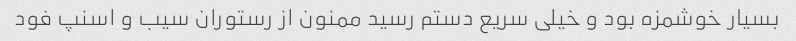
بسیار خوشمزه بود و خیلی سریع دستم رسید ممنون از رستوران سیب و اسنپ فود